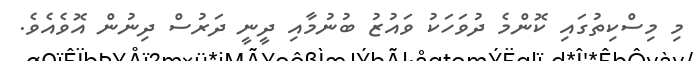
މި މިސްކިތުގައި ކޮންމެ ދުވަހަކު ވައުޒު ބުނުމާއި ދީނީ ދަރުސް ދިނުން އޮވެއެވެ.